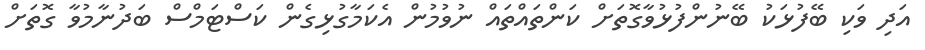
އަދި ވަކި ބޭފުޅަކު ބޭނުންފުޅުވާގޮތަށް ކަންތައްތައް ނުވުމުން އެކަމާގުޅިގެން ކަސްޓަމްސް ބަދުނާމުވާ ގޮތަށް